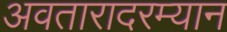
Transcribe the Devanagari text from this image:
अवतारादरम्यान